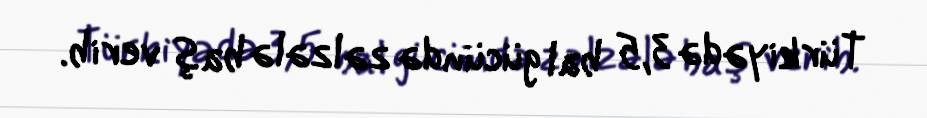
Türkiyədə 3,5 bal gücündə zəlzələ baş verib.